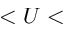
< U <